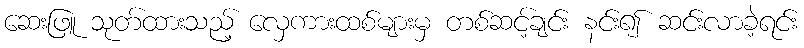
ဆေးဖြူ သုတ်ထားသည့် လှေကားထစ်များမှ တစ်ဆင့်ချင်း နင်း၍ ဆင်းလာခဲ့ရင်း